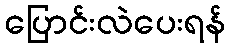
ပြောင်းလဲပေးရန်